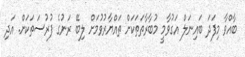
ބާއްވާ މިފަދަ ބައިނަލް އަގުވާމީ މުބާރާތަތަކަށް ތައްޔާރުވުމަށް ލިބޭ ރަނުގެ ފުރުސަތަކަށް. އަދި